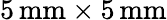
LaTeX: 5\, \textrm{mm}\times 5\, \textrm{mm}